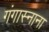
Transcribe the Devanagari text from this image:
गंगास्नाना